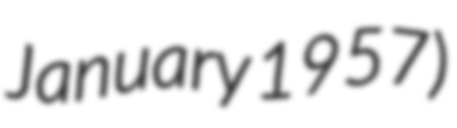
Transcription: January 1957)